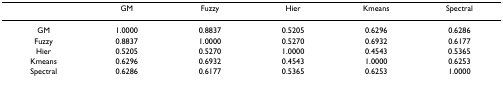
<table><thead><tr><td></td><td><b>GM</b></td><td><b>Fuzzy</b></td><td><b>Hier</b></td><td><b>Kmeans</b></td><td><b>Spectral</b></td></tr></thead><tbody><tr><td>GM</td><td>1.0000</td><td>0.8837</td><td>0.5205</td><td>0.6296</td><td>0.6286</td></tr><tr><td>Fuzzy</td><td>0.8837</td><td>1.0000</td><td>0.5270</td><td>0.6932</td><td>0.6177</td></tr><tr><td>Hier</td><td>0.5205</td><td>0.5270</td><td>1.0000</td><td>0.4543</td><td>0.5365</td></tr><tr><td>Kmeans</td><td>0.6296</td><td>0.6932</td><td>0.4543</td><td>1.0000</td><td>0.6253</td></tr><tr><td>Spectral</td><td>0.6286</td><td>0.6177</td><td>0.5365</td><td>0.6253</td><td>1.0000</td></tr></tbody></table>